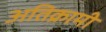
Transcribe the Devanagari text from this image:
अतिक्रामी